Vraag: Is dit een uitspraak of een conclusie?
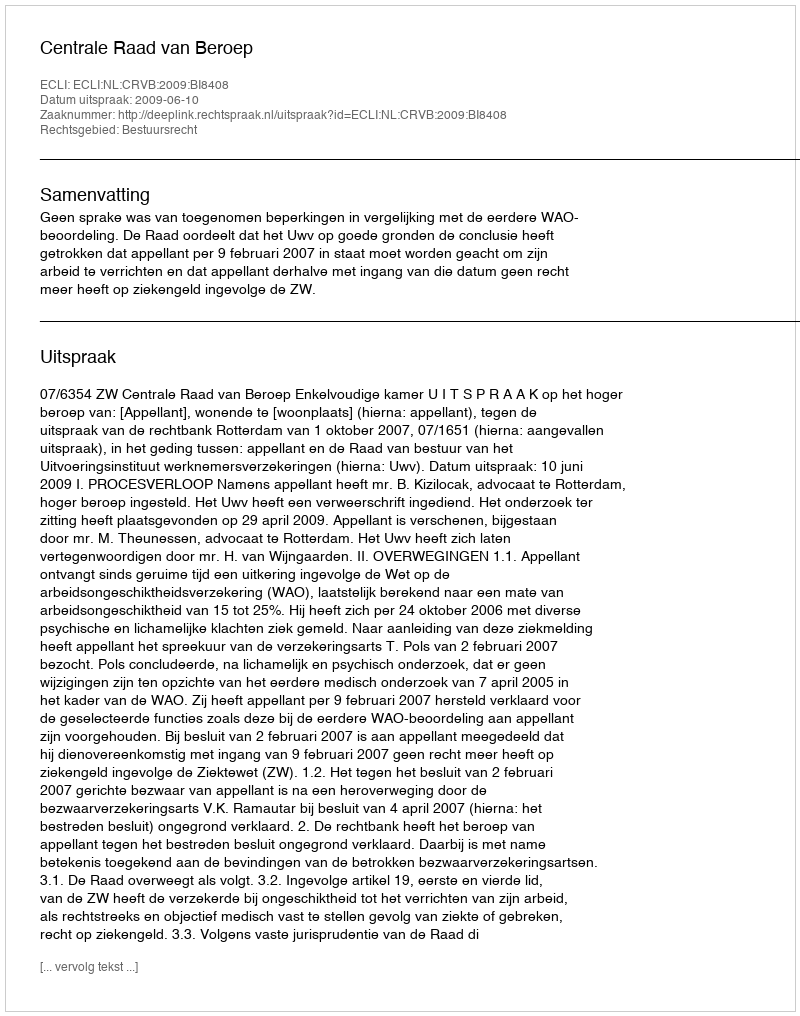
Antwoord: Uitspraak